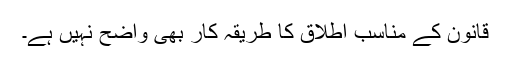
قانون کے مناسب اطلاق کا طریقہ کار بھی واضح نہیں ہے۔